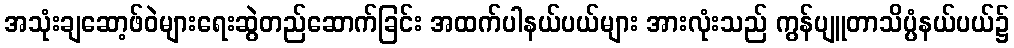
အသုံးချဆော့ဖ်ဝဲများရေးဆွဲတည်ဆောက်ခြင်း အထက်ပါနယ်ပယ်များ အားလုံးသည် ကွန်ပျူတာသိပ္ပံနယ်ပယ်၌